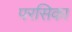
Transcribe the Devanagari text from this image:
परसिका